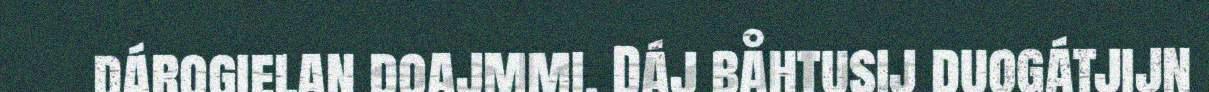
dárogielan doajmmi. Dáj båhtusij duogátjijn